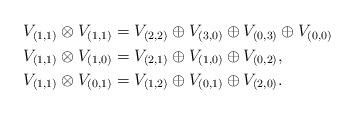
LaTeX: \begin{align*} \begin{aligned} V_{(1,1)}\otimes V_{(1,1)} &= V_{(2,2)}\oplus V_{(3,0)}\oplus V_{(0,3)}\oplus V_{(0,0)}\\ V_{(1,1)}\otimes V_{(1,0)} &= V_{(2,1)}\oplus V_{(1,0)}\oplus V_{(0,2)},\\ V_{(1,1)}\otimes V_{(0,1)} &= V_{(1,2)}\oplus V_{(0,1)}\oplus V_{(2,0)}.\\ \end{aligned} \end{align*}